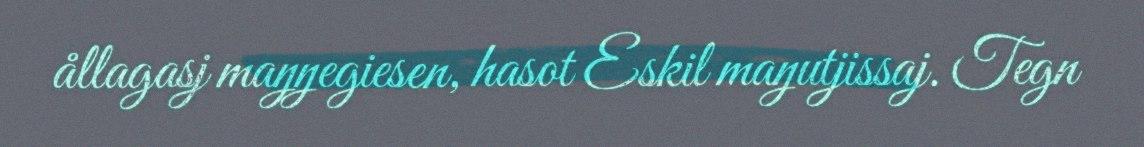
ållagasj maŋŋegiesen, hasot Eskil maŋutjissaj. Tegn